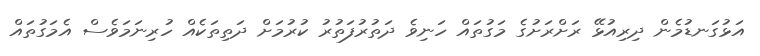
އަޅުގަނޑުމެން ދިރިއުޅޭ ރަށްރަށުގެ މަގުތައް ހަނިވެ ދަތުރުފަތުރު ކުރުމަށް ދަތިތަކެއް ހުރިނަމަވެސް އެމަގުތައް